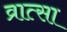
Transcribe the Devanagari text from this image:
व्रात्सा